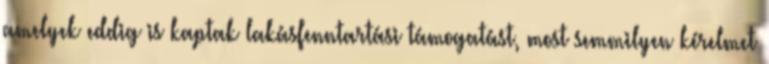
amelyek eddig is kaptak lakásfenntartási támogatást, most semmilyen kérelmet